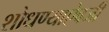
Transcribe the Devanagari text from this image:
शोधण्याऐवजी